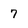
Character: 7